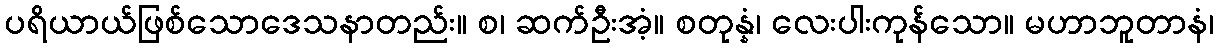
ပရိယာယ်ဖြစ်သောဒေသနာတည်း။ စ၊ ဆက်ဦးအံ့။ စတုန္နံ၊ လေးပါးကုန်သော။ မဟာဘူတာနံ၊